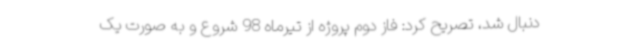
دنبال شد، تصریح کرد: فاز دوم پروژه از تیرماه 98 شروع و به صورت یک